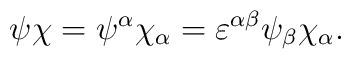
\psi\chi = \psi^\alpha \chi_\alpha =  \varepsilon^{\alpha\beta} \psi_\beta \chi_\alpha .